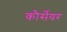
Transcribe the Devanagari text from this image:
कौर्सेयर